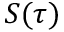
S ( \tau )